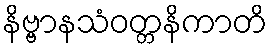
နိဗ္ဗာနသံဝတ္တနိကာတိ